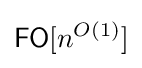
{\mathsf {FO}}[n^{O(1)}]